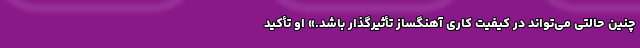
چنین حالتی می‌تواند در کیفیت کاری آهنگساز تأثیرگذار باشد.» او تأکید